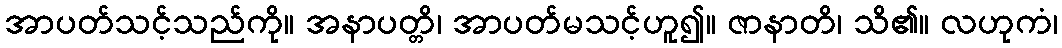
အာပတ်သင့်သည်ကို။ အနာပတ္တိ၊ အာပတ်မသင့်ဟူ၍။ ဇာနာတိ၊ သိ၏။ လဟုကံ၊